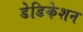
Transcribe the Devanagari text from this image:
डेडिकेशन